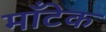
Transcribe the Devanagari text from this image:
माँटेक